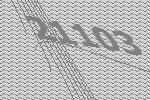
21103